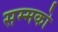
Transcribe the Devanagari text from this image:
सम्मको